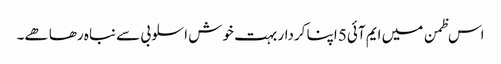
اس ظمن میں ایم آئی5 اپنا کردار بہت خوش اسلوبی سے نباہ رھا ھے۔